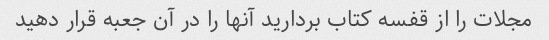
مجلات را از قفسه کتاب بردارید آنها را در آن جعبه قرار دهید